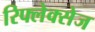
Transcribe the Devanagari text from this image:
रिफ्लेक्सेज